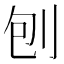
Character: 刨